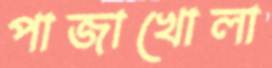
পাজাখোলা